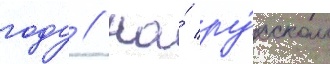
году // На́ ру́сском